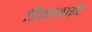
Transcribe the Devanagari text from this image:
डिनामाईट